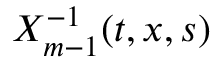
X _ { m - 1 } ^ { - 1 } ( t , x , s )